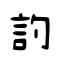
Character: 訋